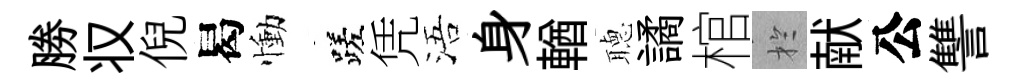
勝𠬧倪曷慟蹉凭浯身輶𦗟譎棺扵献公讐